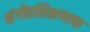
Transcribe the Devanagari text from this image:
संगीतशिक्षणाचा